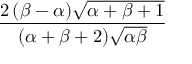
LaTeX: \frac { 2 \, ( \beta - \alpha ) { \sqrt { \alpha + \beta + 1 } } } { ( \alpha + \beta + 2 ) { \sqrt { \alpha \beta } } }